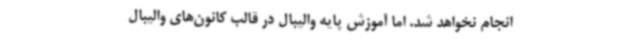
انجام نخواهد شد. اما آموزش پایه والیبال در قالب کانون‌های والیبال